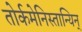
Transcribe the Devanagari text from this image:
तोर्कमेनिस्तान्यिन्